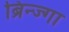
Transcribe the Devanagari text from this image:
ब्रिन्ज्गा